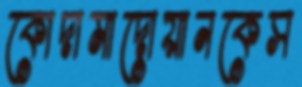
কোদামাদোয়ানকেস